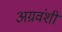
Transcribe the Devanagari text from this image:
अग्रवंशी